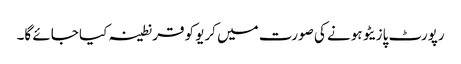
رپورٹ پازیٹو ہونے کی صورت میں کریو کو قرنطینہ کیا جائے گا۔